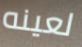
لعينه